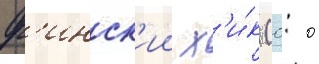
ф'инск'ии х'и́к (0: 0